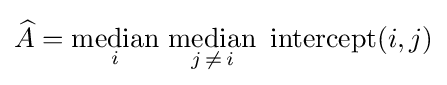
{\widehat {A}}={\underset {i}{\operatorname {median} }}\ {\underset {j\,\neq \,i}{\operatorname {median} }}\ \operatorname {intercept} (i,j)